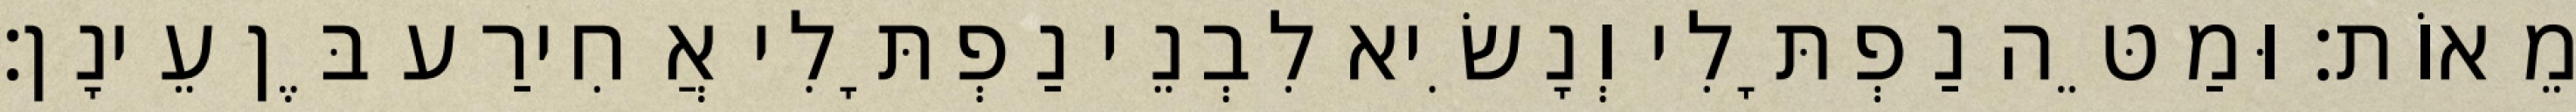
מֵאוֹת׃ וּמַטֵּה נַפְתָּלִי וְנָשִׂיא לִבְנֵי נַפְתָּלִי אֲחִירַע בֶּן עֵינָן׃